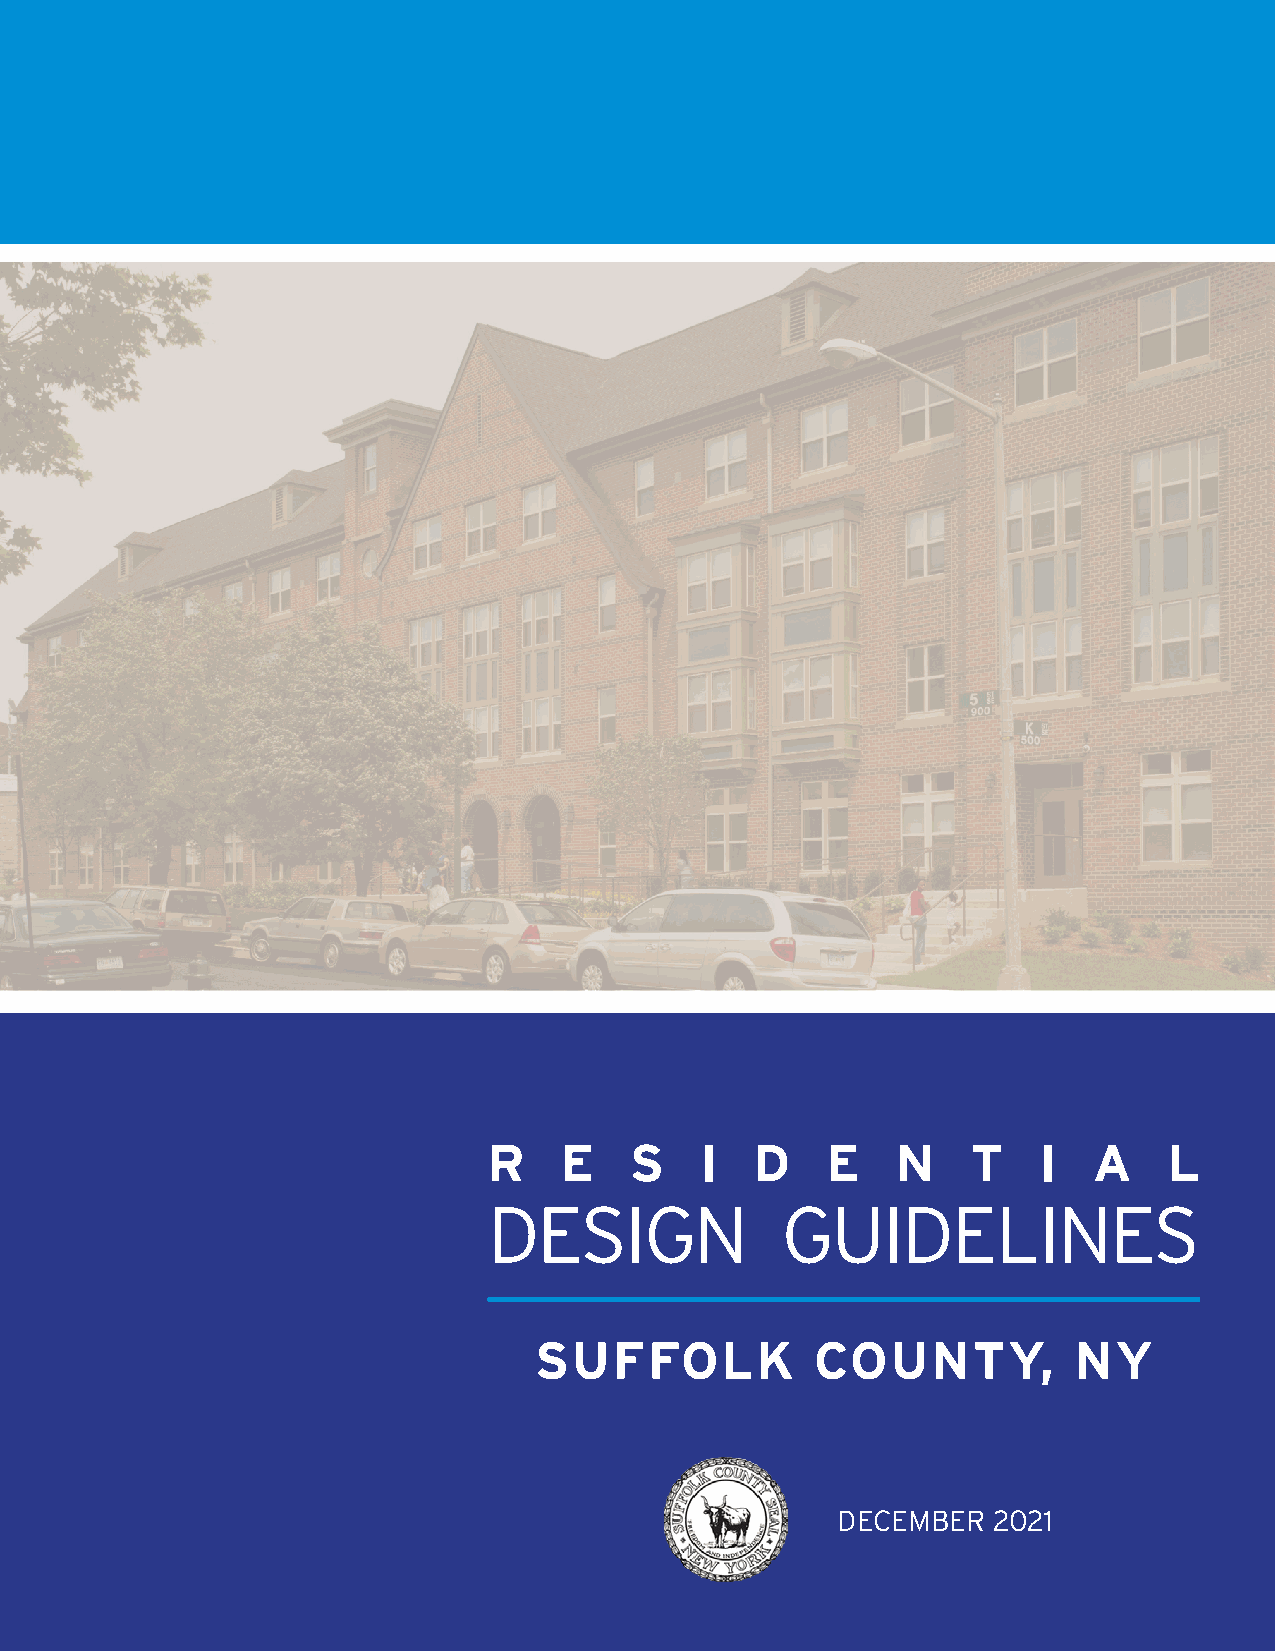
n.n XXXXXXXXXXX
 R    E    S   I   D    E   N    T    I  A    L
 DESIGN              GUIDELINES
 SUFFOLK            COUNTY,          NY
 DECEMBER   2021
 1